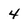
Character: 4